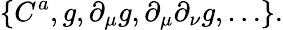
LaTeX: \{ C^{a},g,\partial_{\mu}g,\partial_{\mu}\partial_{\nu}g,\ldots\} .